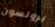
برونسون